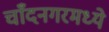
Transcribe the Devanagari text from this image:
चाँदनगरमध्ये